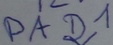
Text: PAD1